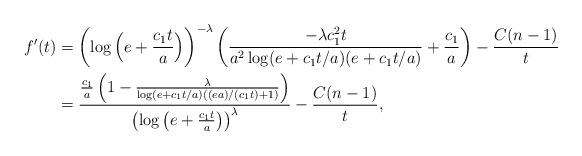
LaTeX: \begin{align*} f'(t) &= \left( \log \Big( e+\frac{c_1 t}{a} \Big) \right)^{-\lambda} \left( \frac{-\lambda c_1^2 t}{a^2 \log (e+ c_1 t/a)(e+c_1 t/a)} +\frac{c_1}{a} \right) - \frac{C(n-1)}{t} \\ &= \frac{ \frac{c_1}{a}\left( 1- \frac{\lambda}{\log(e+ c_1 t/a)((ea)/(c_1 t)+1)} \right)}{\left(\log\big(e+\frac{c_1 t}{a}\big) \right)^{\lambda}} - \frac{C(n-1)}{t}, \end{align*}